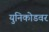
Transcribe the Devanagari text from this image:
युनिकोडवर